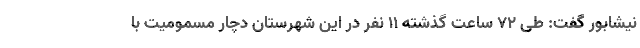
نیشابور گفت: طی ۷۲ ساعت گذشته ۱۱ نفر در این شهرستان دچار مسمومیت با